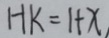
H K = 1 + x